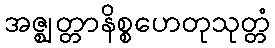
အဇ္ဈတ္တာနိစ္စဟေတုသုတ္တံ